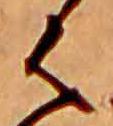
は